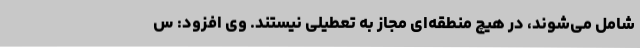
شامل می‌شوند، در هیچ منطقه‌ای مجاز به تعطیلی نیستند. وی افزود:‌ س